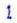
1